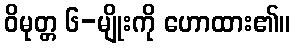
ဝိမုတ္တ ၆-မျိုးကို ဟောထား၏။